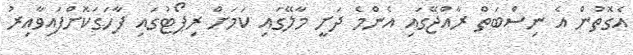
އެގޮތުން އެ ނިސްބަތް ރާއްޖޭގައި އެންމެ ދަށީ މާލޭގައި ކަމަށް ރިޕޯޓުގައި ފާހަގަކޮށްފައިވާއިރު